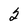
Character: 2